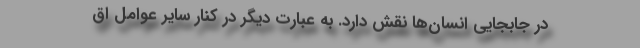
در جابجایی انسان‌ها نقش دارد. به عبارت دیگر در کنار سایر عوامل اق